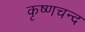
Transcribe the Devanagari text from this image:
कृष्णचन्द